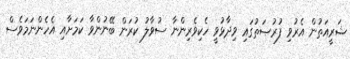
ޝަރީއަތުން އެރުވި ފުރުޞަތުގައި ވިދާޅުވީ ހެކިވެރިންނާ ސުވާލު ކުރަން ބޭނުންވާ ކަމަށާއި އެހެންނަމަވެސް